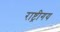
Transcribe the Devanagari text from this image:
राष्ट्रीगय